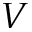
V